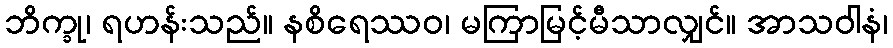
ဘိက္ခု၊ ရဟန်းသည်။ နစိရေဿဝ၊ မကြာမြင့်မီသာလျှင်။ အာသဝါနံ၊